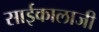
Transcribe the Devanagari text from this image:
साईकालाजी